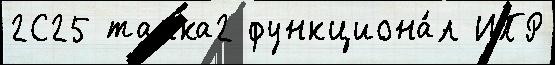
2С25 танка2 функциона́л ИПР